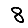
Digit: 8